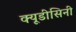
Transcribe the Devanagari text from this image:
क्यूडीसिनी